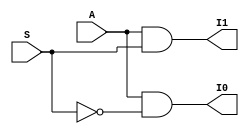
`timescale 1ns / 1ps
//////////////////////////////////////////////////////////////////////////////////
// Company: 
// Engineer: 
// 
// Design Name: 
// Module Name: demux1_2_df
// Project Name: 
// Target Devices: 
// Tool Versions: 
// Description: 
// 
// Dependencies: 
// 
// Revision:
// Revision 0.01 - File Created
// Additional Comments:
// 
//////////////////////////////////////////////////////////////////////////////////


module demux1_2_df(
output I1,I0,
input A,S);
//wire Sbar;
assign I0=A&&(~S);
assign I1=A&&S;

endmodule
//testbench
module demux_tb;
reg A,S;
wire I1,I0;
demux1_2_df uut(
.A(A),
.S(S),
.I0(I0),
.I1(I1));
initial begin 
#10 A=1'b1;S=1'b0;
#10 A=1'b0;S=1'b0;
#10 A=1'b1;S=1'b1;
#10 A=1'b0;S=1'b1;
#10 $stop;
end 
endmodule